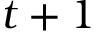
t + 1